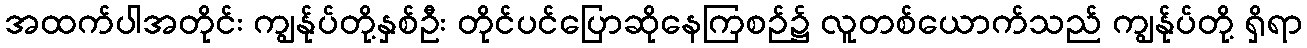
အထက်ပါအတိုင်း ကျွန်ုပ်တို့နှစ်ဦး တိုင်ပင်ပြောဆိုနေကြစဉ်၌ လူတစ်ယောက်သည် ကျွန်ုပ်တို့ ရှိရာ